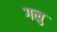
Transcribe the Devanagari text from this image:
गलु